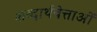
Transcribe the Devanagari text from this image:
शब्दार्थवेत्ताओं